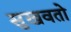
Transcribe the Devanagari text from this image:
सुखवतो